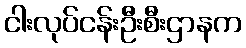
ငါးလုပ်ငန်းဦးစီးဌာနက